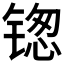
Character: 𬭥